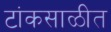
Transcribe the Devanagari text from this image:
टांकसाळीत